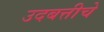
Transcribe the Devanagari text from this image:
उदबत्तीचे